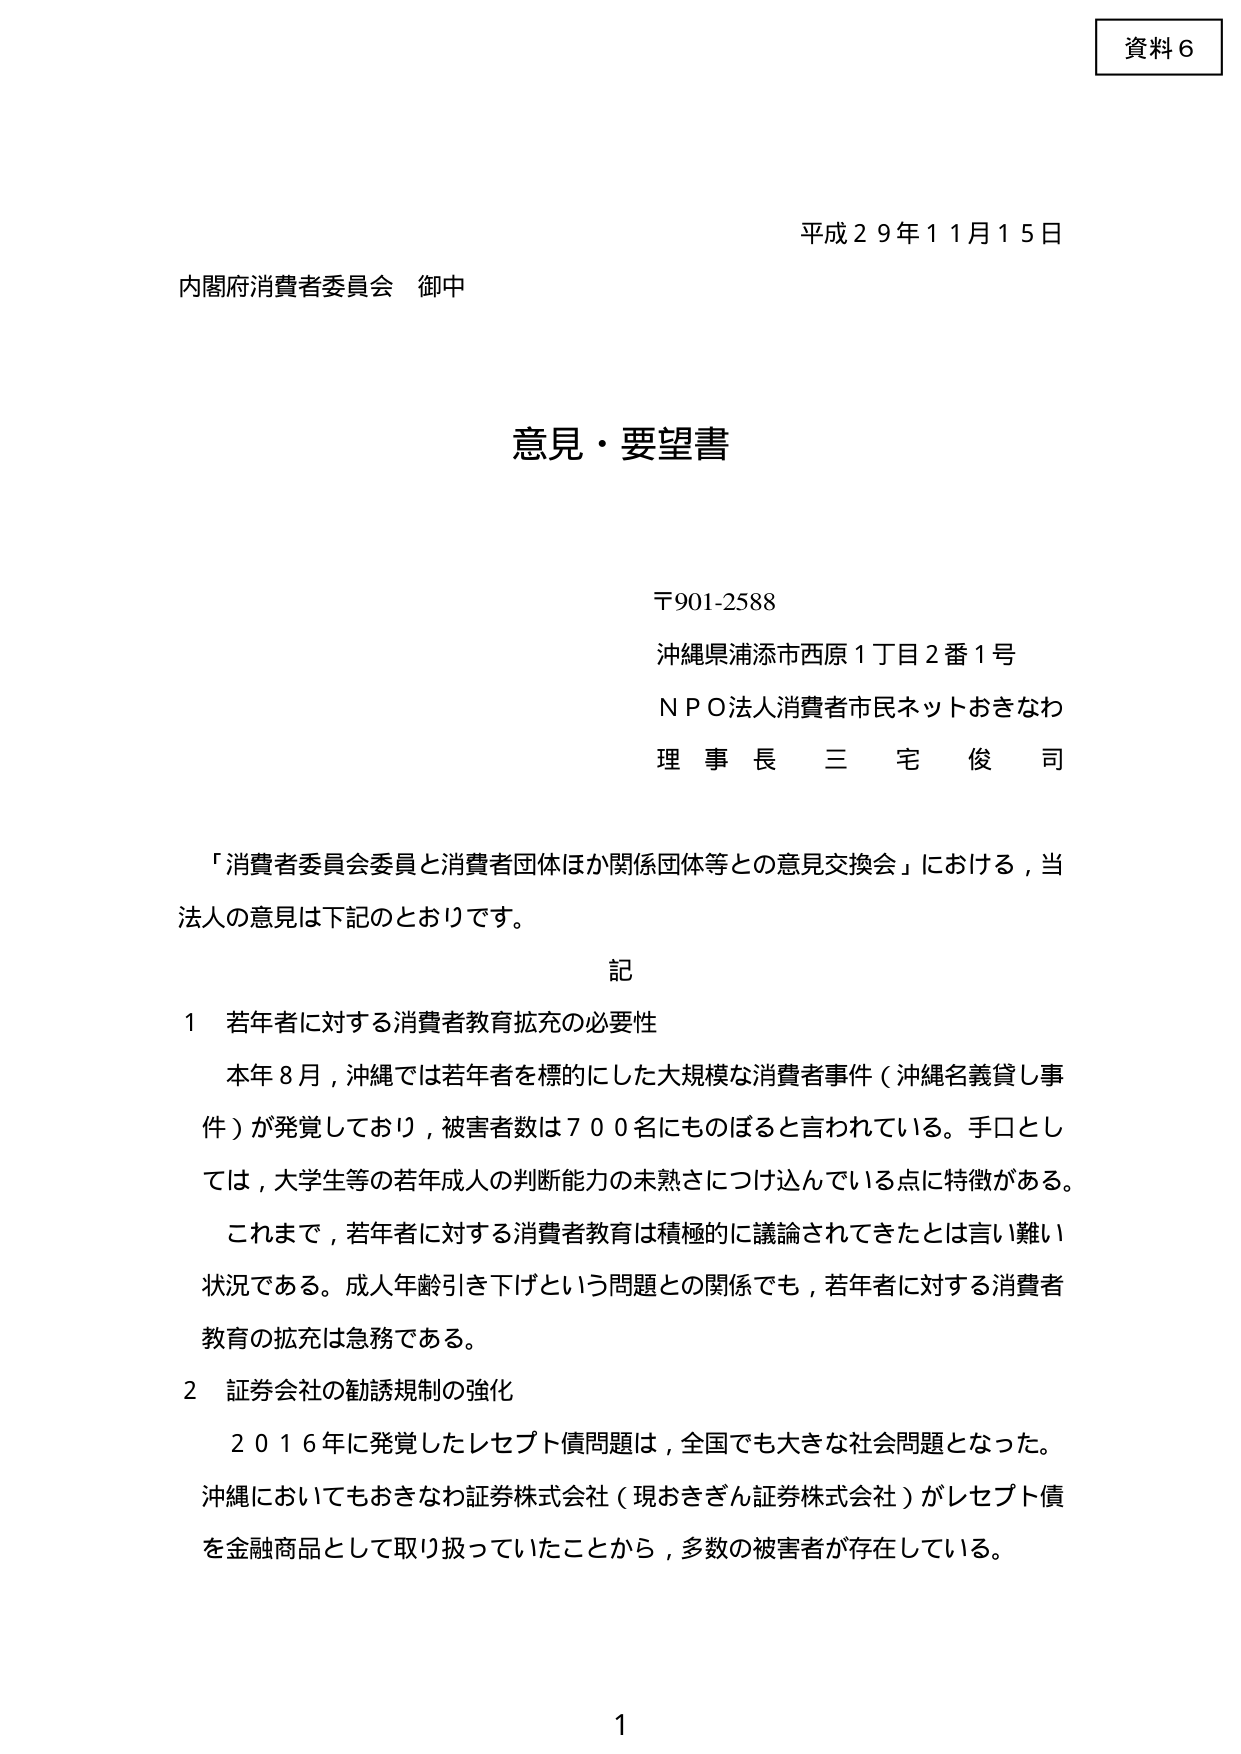
資料６

平成２９年１１月１５日

内閣府消費者委員会 御中

意見・要望書

〒901-2588
沖縄県浦添市西原１丁目２番１号
ＮＰＯ法人消費者市民ネットおきなわ
理事長 三宅俊司

「消費者委員会委員と消費者団体ほか関係団体等との意見交換会」における，当
法人の意見は下記のとおりです。

記

１ 若年者に対する消費者教育拡充の必要性
　本年８月，沖縄では若年者を標的とした大規模な消費者事件（沖縄名義貸し事
件）が発覚しており，被害者数は７００名にものぼると言われている。手口とし
ては，大学生等の若年成人の判断能力の未熟さにつけ込んでいる点に特徴がある。
　これまで，若年者に対する消費者教育は積極的に議論されてきたとは言い難い
状況である。成人年齢引き下げという問題との関係でも，若年者に対する消費者
教育の拡充は急務である。

２ 証券会社の勧誘規制の強化
　２０１６年に発覚したレセプト債問題は，全国でも大きな社会問題となった。
沖縄においてもおきなわ証券株式会社（現おきぎん証券株式会社）がレセプト債
を金融商品として取り扱っていたことから，多数の被害者が存在している。

1